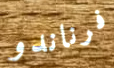
فرناندو